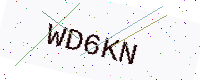
Text: WD6KN